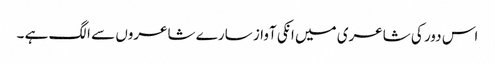
اس دور کی شاعری میں انکی آواز سارے شاعروں سے الگ ہے ۔